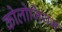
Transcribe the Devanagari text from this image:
कोलोजियम